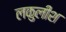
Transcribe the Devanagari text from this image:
लकुलीश